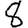
Digit: 8